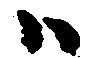
ハ